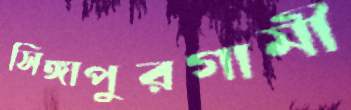
সিঙ্গাপুরগামী